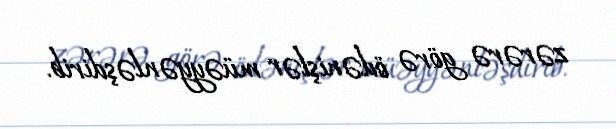
zərərə görə ödənişlər müəyyənləşdirib.